Leaving Certificate Examination (including Day School Certificate (Higher) General paper), 1931
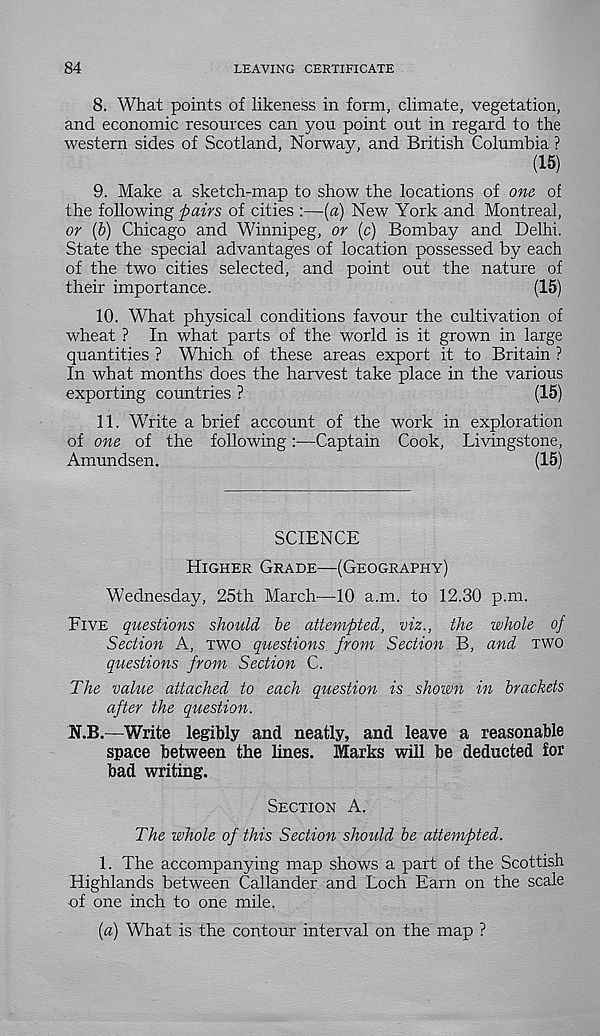
84
LEAVING CERTIFICATE
8. What points of likeness in form, climate, vegetation,
and economic resources can you point out in regard to the
western sides of Scotland, Norway, and British Columbia ?
(15)
9. Make a sketch-map to show the locations of one of
the following pairs of cities :—(a) New York and Montreal,
or (b) Chicago and Winnipeg, or (c) Bombay and Delhi.
State the special advantages of location possessed by each
of the two cities selected, and point out the nature of
their importance.
(15)
10. What physical conditions favour the cultivation of
wheat ? In what parts of the world is it grown in large
quantities ? Which of these areas export it to Britain ?
In what months does the harvest take place in the various
exporting countries ?
(15)
11. Write a brief account of the work in exploration
of one of the following:—Captain Cook, Livingstone,
Amundsen.
(15)
SCIENCE
Higher Grade—(Geography)
Wednesday, 25th March—10 a.m. to 12.30 p.m.
Five questions should be attempted, viz., the whole of
Section A, two questions from Section B, and two
questions from Section C.
The value attached to each question is shown in brackets
after the question.
N.B.—Write legibly and neatly, and leave a reasonable
space between the lines. Marks will be deducted for
bad writing.
Section A.
The whole of this Section should be attempted.
1. The accompanying map shows a part of the Scottish
Highlands between Callander and Loch Earn on the scale
of one inch to one mile.
{a) What is the contour interval on the map ?